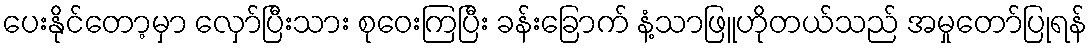
ပေးနိုင်တော့မှာ လှော်ပြီးသား စုဝေးကြပြီး ခန်းခြောက် နံ့သာဖြူဟိုတယ်သည် အမှုတော်ပြုရန်